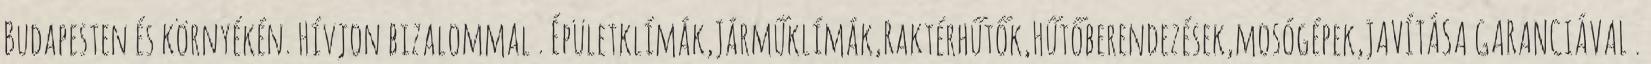
Budapesten és környékén. Hívjon bizalommal . Épületklímák,Járműklímák,Raktérhűtők,Hűtőberendezések,mosógépek,JAVÍTÁSA GARANCIÁVAL .